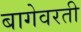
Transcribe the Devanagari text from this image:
बागेवरती